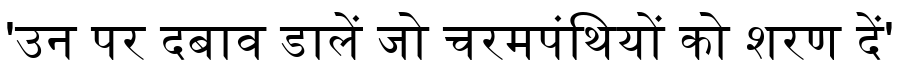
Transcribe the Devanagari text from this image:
'उन पर दबाव डालें जो चरमपंथियों को शरण दें'